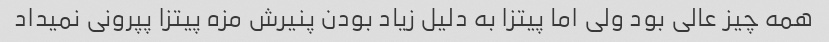
همه چیز عالی بود ولی اما پیتزا به دلیل زیاد بودن پنیرش مزه پیتزا پپرونی نمیداد